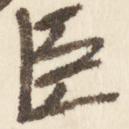
臣